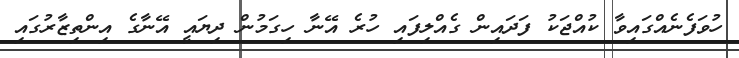
ހުވަފެނެއްގައިވާ ކުއްޖަކު ފަދައިން ގެއްލިފައި ހުރެ އޭނާ ހިގަމުން ދިޔައީ އޭނާގެ އިންތިޒާރުގައި